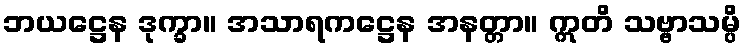
ဘယဋ္ဌေန ဒုက္ခာ။ အသာရကဋ္ဌေန အနတ္တာ။ ဣတိ သဗ္ဗာသမ္ပိ